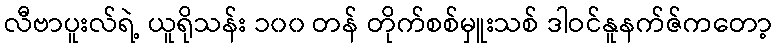
လီဗာပူးလ်ရဲ့ ယူရိုသန်း ၁၀၀ တန် တိုက်စစ်မှူးသစ် ဒါဝင်နူနက်ဇ်ကတော့